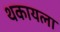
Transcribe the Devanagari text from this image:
थकायला